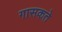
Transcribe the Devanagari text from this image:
गासकते